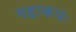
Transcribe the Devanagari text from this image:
महाकयः